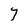
Character: Y